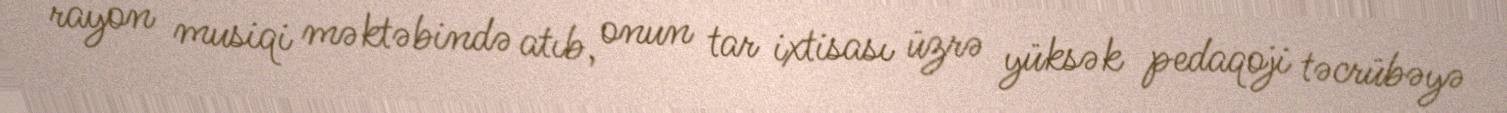
rayon musiqi məktəbində atıb, onun tar ixtisası üzrə yüksək pedaqoji təcrübəyə